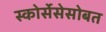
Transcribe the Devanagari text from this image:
स्कोर्सेसेसोबत